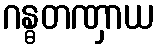
ဂန္ဓတဏှာယ